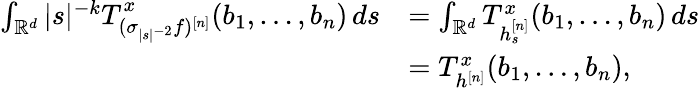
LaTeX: \begin{array}{rl}{\int_{\mathbb{R}^{d}}|s|^{-k}T_{(\sigma_{|s|^{-2}}f)^{[n]}}^{x}(b_{1},\ldots,b_{n})\, ds}&{=\int_{\mathbb{R}^{d}}T_{h_{s}^{[n]}}^{x}(b_{1},\ldots,b_{n})\, ds}\\ &{=T_{h^{[n]}}^{x}(b_{1},\ldots,b_{n}),}\end{array}